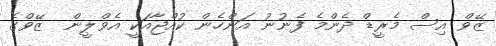
ޒޭވް އިސް މެރީޑް ދެންމެ ފެނުނު އަންހެން ކުއްޖާއަކީ އެވްލީން  ޒޭވްގެ